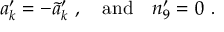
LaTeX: a _ { k } ^ { \prime } = - { \widetilde a _ { k } } ^ { \prime } \ , \ \ \ \mathrm { a n d } \ \ \ n _ { 9 } ^ { \prime } = 0 \ .